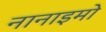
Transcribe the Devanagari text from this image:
नानाइमो